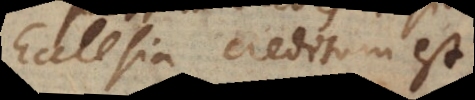
Ecclesia creditum est